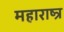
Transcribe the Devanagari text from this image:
महाराष्त्र